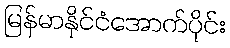
မြန်မာနိုင်ငံအောက်ပိုင်း